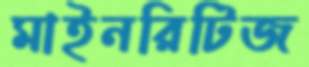
মাইনরিটিজ